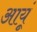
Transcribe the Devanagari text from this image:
आयूं